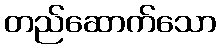
တည်ဆောက်သော